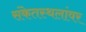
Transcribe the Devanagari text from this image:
संकेतस्थलांवर